Treatise on elephants
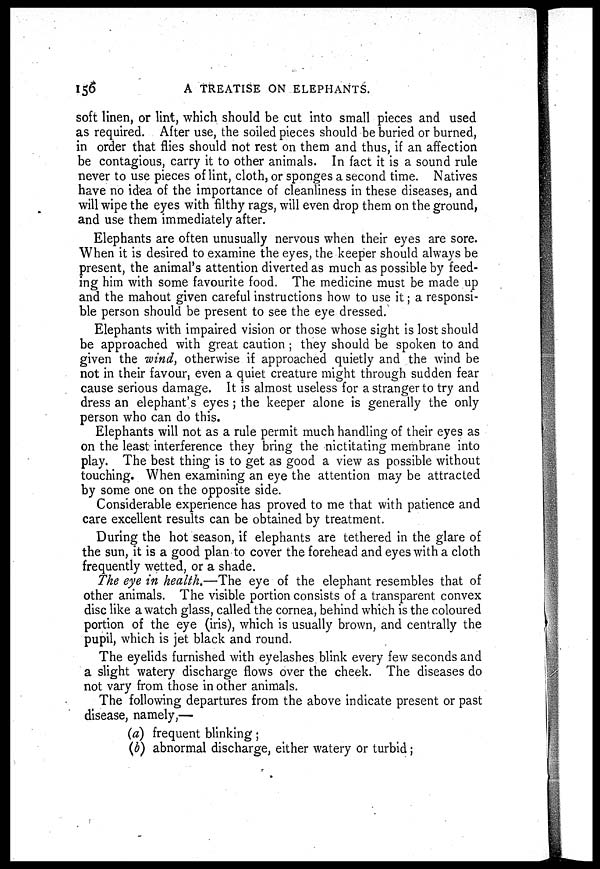
156
A TREATISE ON ELEPHANTS.
soft linen, or lint, which should be cut into small pieces and used
as required. After use, the soiled pieces should be buried or burned,
in order that flies should not rest on them and thus, if an affection
be contagious, carry it to other animals. In fact it is a sound rule
never to use pieces of lint, cloth, or sponges a second time. Natives
have no idea of the importance of cleanliness in these diseases, and
will wipe the eyes with filthy rags, will even drop them on the ground,
and use them immediately after.
Elephants are often unusually nervous when their eyes are sore.
When it is desired to examine the eyes, the keeper should always be
present, the animal's attention diverted as much as possible by feed-
ing him with some favourite food. The medicine must be made up
and the mahout given careful instructions how to use it 5 a responsi-
ble person should be present to see the eye dressed.
Elephants with impaired vision or those whose sight is lost should
be approached with great caution ; they should be spoken to and
given the wind, otherwise if approached quietly and the wind be
not in their favour, even a quiet creature might through sudden fear
cause serious damage. It is almost useless for a stranger to try and
dress an elephant's eyes ; the keeper alone is generally the only
person who can do this.
Elephants will not as a rule permit much handling of their eyes as
on the least interference they bring the nictitating membrane into
play. The best thing is to get as good a view as possible without
touching. When examining an eye the attention may be attracted
by some one on the opposite side.
Considerable experience has proved to me that with patience and
care excellent results can be obtained by treatment.
During the hot season, if elephants are tethered in the glare of
the sun, it is a good plan to cover the forehead and eyes with a cloth
frequently wetted, or a shade.
The eye in health.—The eye of the elephant resembles that of
other animals. The visible portion consists of a transparent convex
disc like a watch glass, called the cornea, behind which is the coloured
portion of the eye (iris), which is usually brown, and centrally the
pupil, which is jet black and round.
The eyelids furnished with eyelashes blink every few seconds and
a slight watery discharge flows over the cheek. The diseases do
not vary from those in other animals.
The following departures from the above indicate present or past
disease, namely,—
(a) frequent blinking;
(b) abnormal discharge, either watery or turbid;